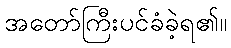
အတော်ကြီးပင်ခံခဲ့ရ၏။